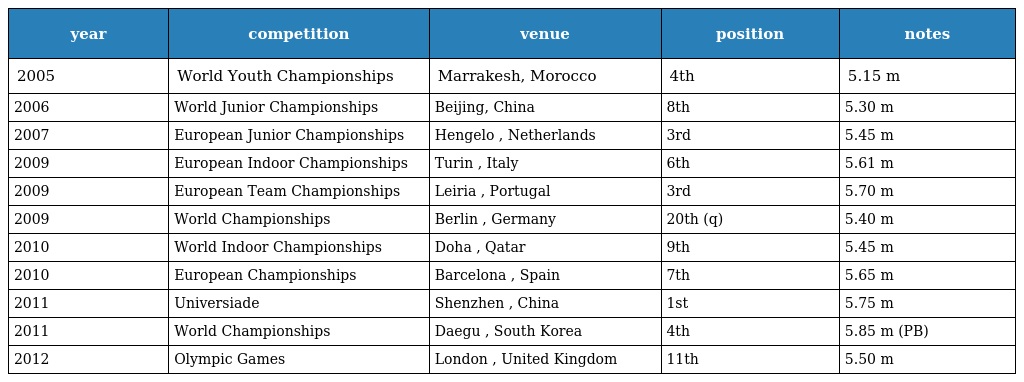
| year | competition | venue | position | notes |
 | --- | --- | --- | --- | --- |
 | 2005 | World Youth Championships | Marrakesh, Morocco | 4th | 5.15 m |
 | 2006 | World Junior Championships | Beijing, China | 8th | 5.30 m |
 | 2007 | European Junior Championships | Hengelo , Netherlands | 3rd | 5.45 m |
 | 2009 | European Indoor Championships | Turin , Italy | 6th | 5.61 m |
 | 2009 | European Team Championships | Leiria , Portugal | 3rd | 5.70 m |
 | 2009 | World Championships | Berlin , Germany | 20th (q) | 5.40 m |
 | 2010 | World Indoor Championships | Doha , Qatar | 9th | 5.45 m |
 | 2010 | European Championships | Barcelona , Spain | 7th | 5.65 m |
 | 2011 | Universiade | Shenzhen , China | 1st | 5.75 m |
 | 2011 | World Championships | Daegu , South Korea | 4th | 5.85 m (PB) |
 | 2012 | Olympic Games | London , United Kingdom | 11th | 5.50 m |